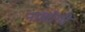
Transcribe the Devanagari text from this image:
नाचोगी